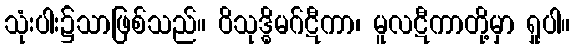
သုံးပါး၌သာဖြစ်သည်။ ဝိသုဒ္ဓိမဂ်ဋီကာ၊ မူလဋီကာတို့မှာ ရှုပါ။